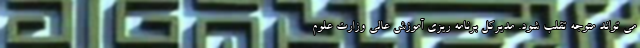
می تواند متوجه تقلب شود. مدیرکل برنامه ریزی آموزش عالی وزارت علوم